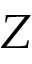
Z